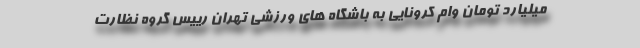
میلیارد تومان وام کرونایی به باشگاه های ورزشی تهران رییس گروه نظارت